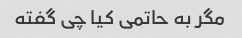
مگر به حاتمی کیا چی گفته